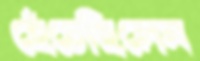
হেঁচেছিলেন